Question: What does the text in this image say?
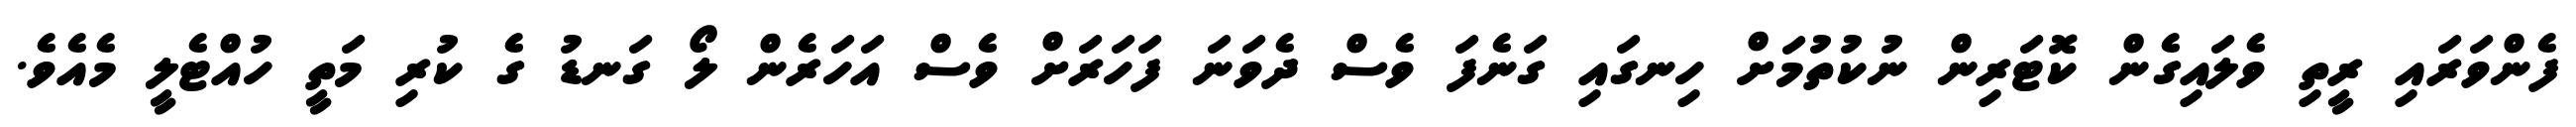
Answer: ފެންވަރައި ރީތި ވެލައިގެން ކޮޓަރިން ނުކުތުމަށް ހިނގައި ގަނެފަ ވެސް ދެވަނަ ފަހަރަށް ވެސް އަހަރެން ލޯ ގަނޑު ގެ ކުރި މަތީ ހުއްޓެލީ މެއެވެ.